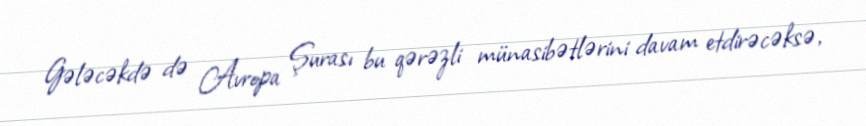
Gələcəkdə də Avropa Şurası bu qərəzli münasibətlərini davam etdirəcəksə,